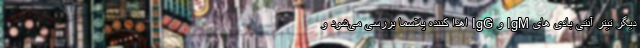
دیگر تیتر آنتی بادی های IgM و IgG اهدا کننده پلاسما بررسی می‌شود و